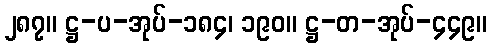
၂၈၇။ ဋ္ဌ-ပ-အုပ်-၁၈၄၊ ၁၉၀။ ဋ္ဌ-တ-အုပ်-၄၄၉။